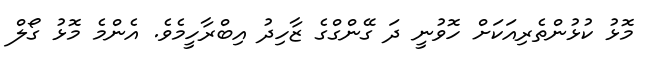
މޮޅު ކުޅުންތެރިއަކަށް ހޮވުނީ ދަ ގޭންގްގެ ޒާހިދު އިބްރާހީމެވެ. އެންމެ މޮޅު ގޯލް